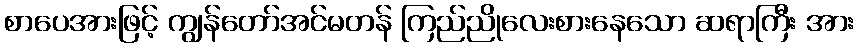
စာပေအားဖြင့် ကျွန်တော်အင်မတန် ကြည်ညိုလေးစားနေသော ဆရာကြီး အား